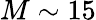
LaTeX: M\sim 15